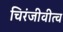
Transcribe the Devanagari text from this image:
चिरंजीवीत्व